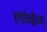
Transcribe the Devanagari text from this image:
लांग्रेज